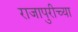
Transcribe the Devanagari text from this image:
राजापुरीच्या